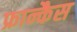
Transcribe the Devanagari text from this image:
फ्रान्कैस